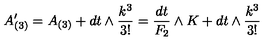
A _ { ( 3 ) } ^ { \prime } = A _ { ( 3 ) } + d t \wedge { \frac { k ^ { 3 } } { 3 ! } } = { \frac { d t } { F _ { 2 } } } \wedge K + d t \wedge { \frac { k ^ { 3 } } { 3 ! } }